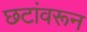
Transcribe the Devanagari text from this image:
छटांवरून